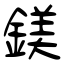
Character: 鎂